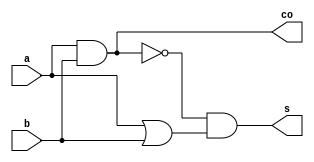
`timescale 1ns/1ns

module half_add(a, b, co, s); /* module */
	input  a, b;              /* input port */
	output co, s;             /* output port */
	wire   w0, w1, w2;        /* wire */
	
	/* assign(wire) */
	assign w0 = a & b;
	assign w1 = ~w0;
	assign w2 = a | b;
	
	/* assign(output port) */
	assign s  = w1 & w2;
	assign co = w0;
	
endmodule /* module */